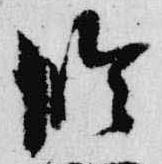
臨